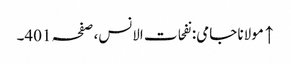
↑ مولانا جامی: نفحات الانس، صفحہ 401۔